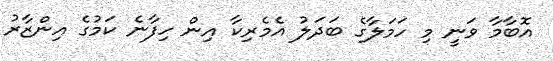
އޮބާމާ ވަނީ މި ހަމަލާގެ ބަދަލު އެމެރިކާ އިން ހިފާނެ ކަމުގެ އިންޒާރު